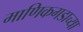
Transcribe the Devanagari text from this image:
माणिकगडाच्या